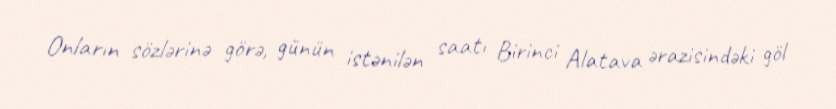
Onların sözlərinə görə, günün istənilən saatı Birinci Alatava ərazisindəki göl